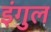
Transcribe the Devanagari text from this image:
इंगुल